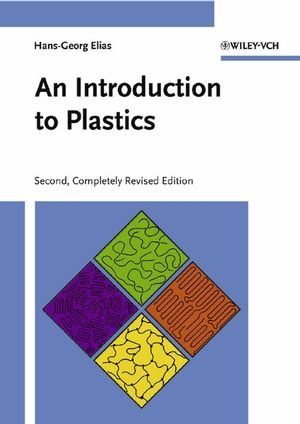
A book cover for An Introduction to Plastics; Hans-Georg Elias; Science & Math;